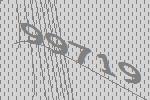
99719